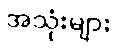
အသုံးများ